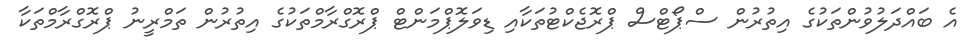
އެ ބައްދަލުވުންތަކުގެ އިތުރުން ސްޕޯޓްސް ޕްރޮޖެކްޓުތަކާއި ޑިވަލޮޕްމަންޓް ޕްރޮގްރާމްތަކުގެ އިތުރުން ތަމްރީނު ޕްރޮގްރާމްތަކާ